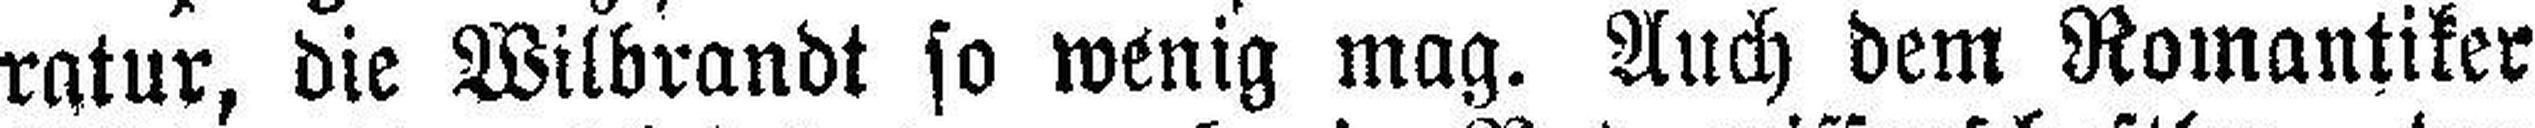
ratur, die Wilbrandt so wenig mag. Auch dem Romantiker